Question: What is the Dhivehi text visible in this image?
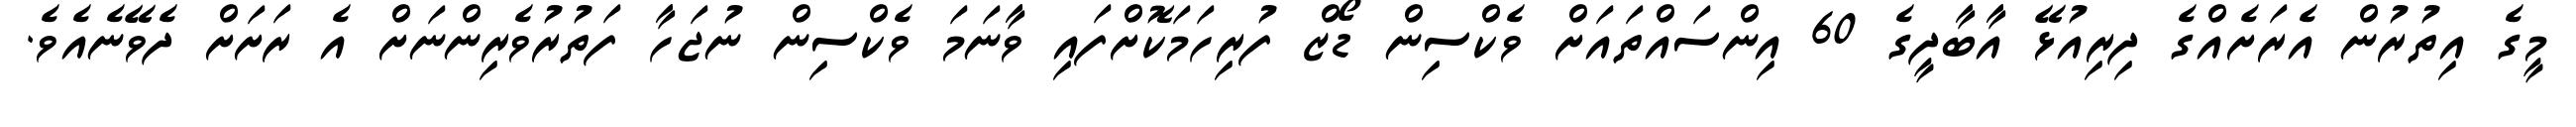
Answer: މީގެ އިތުރުން އެރަށެއްގެ ދިރިއުޅޭ އާބާދީގެ 60 އިންސައްތައަށް ވެކްސިން ޑޯޒް ފުރިހަމަކޮށްފައި ވާނަމަ ވެކްސިން ނުޖަހާ ފަތުރުވެރިންނަށް އެ ރަށަށް ދެވޭނެއެވެ.